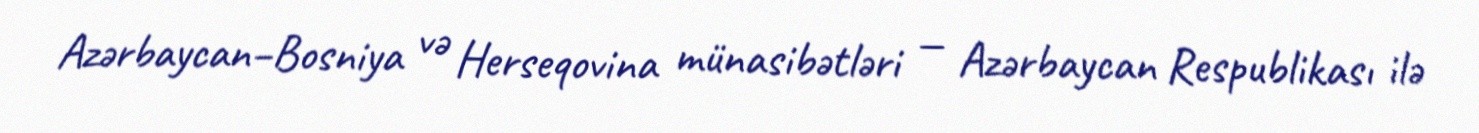
Azərbaycan–Bosniya və Herseqovina münasibətləri — Azərbaycan Respublikası ilə